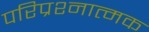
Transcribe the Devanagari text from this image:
परिप्रश्नात्मक